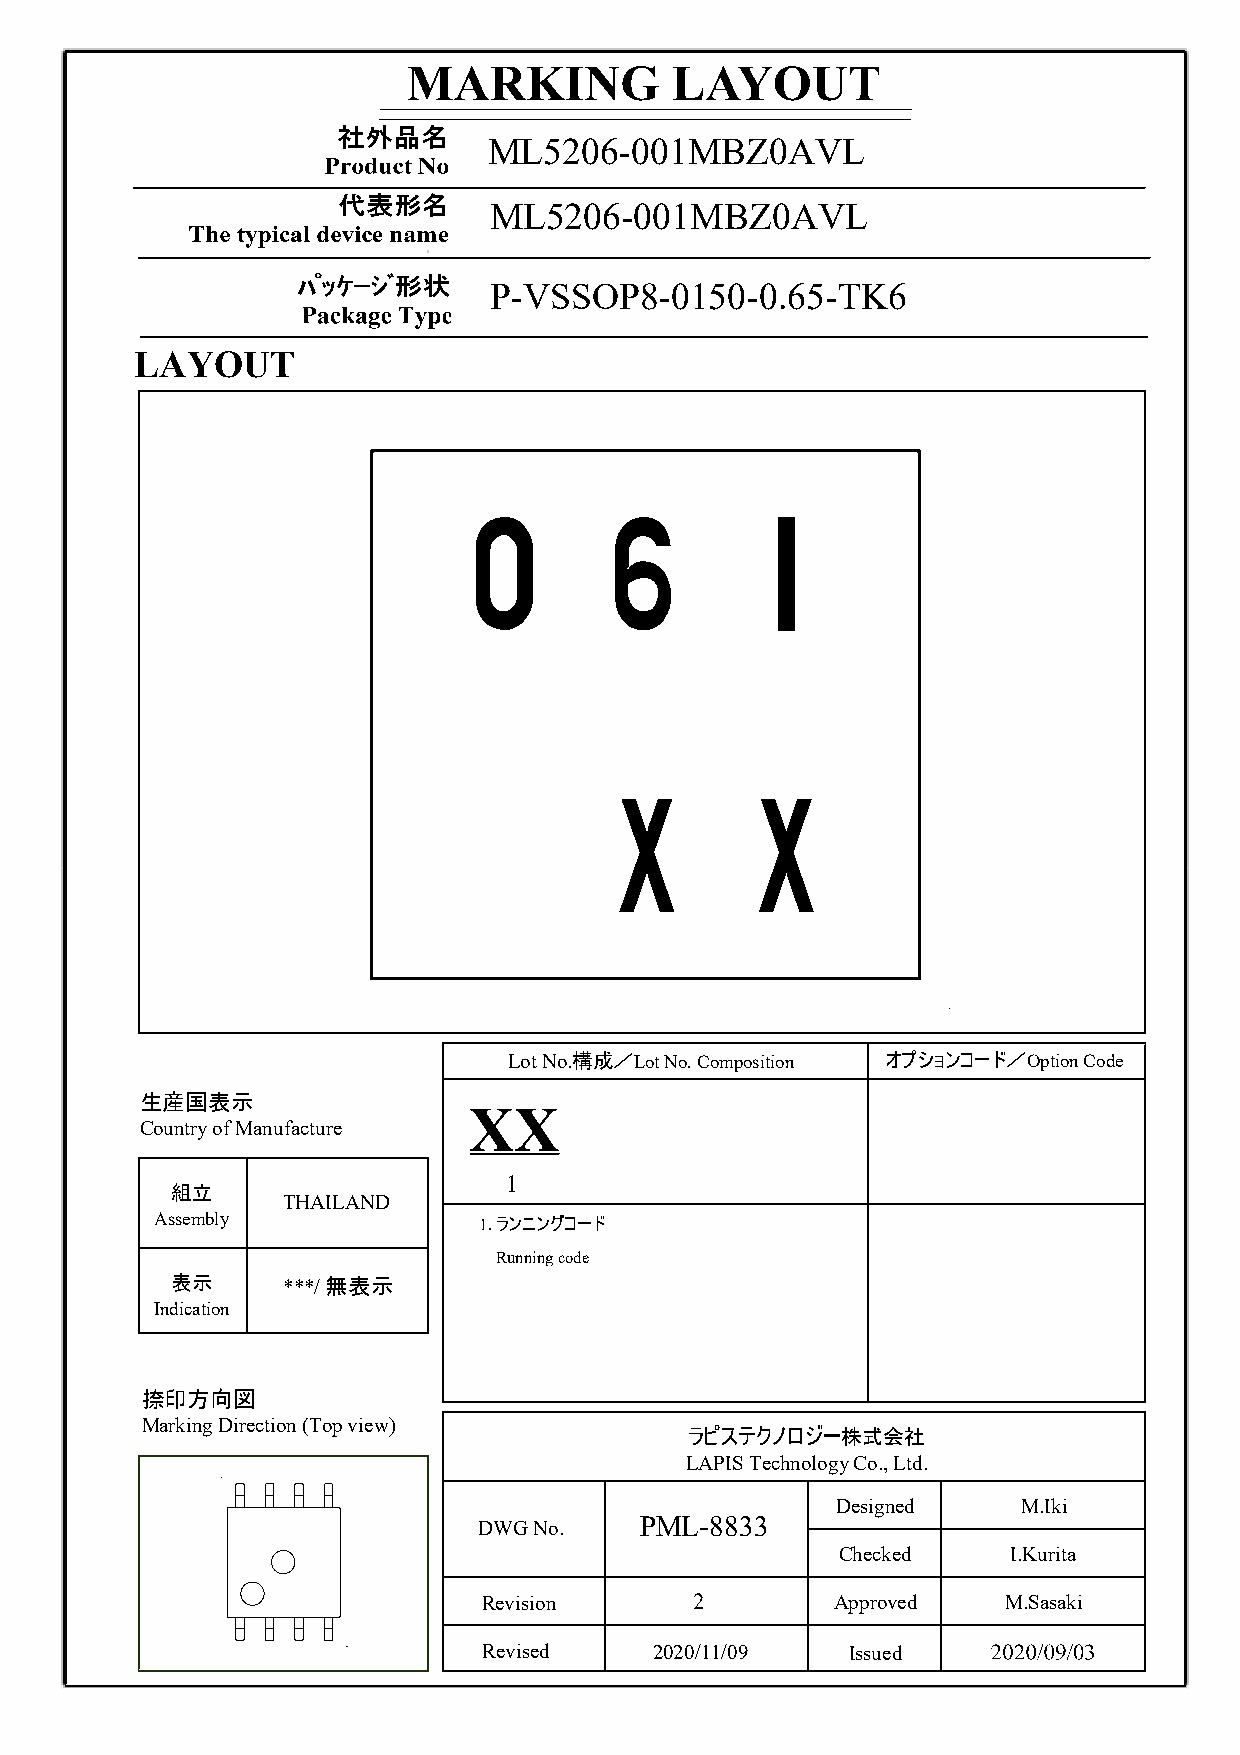

 0        6        1
 X        X
 構成／ オプションコード／
 生産国表示

 組立

               ランニングコード

 表示      無表示

 捺印方向図

 ラピステクノロジー株式会社